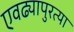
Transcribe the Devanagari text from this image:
एवढ्यापुरत्या